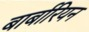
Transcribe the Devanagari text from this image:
बार्बारियन